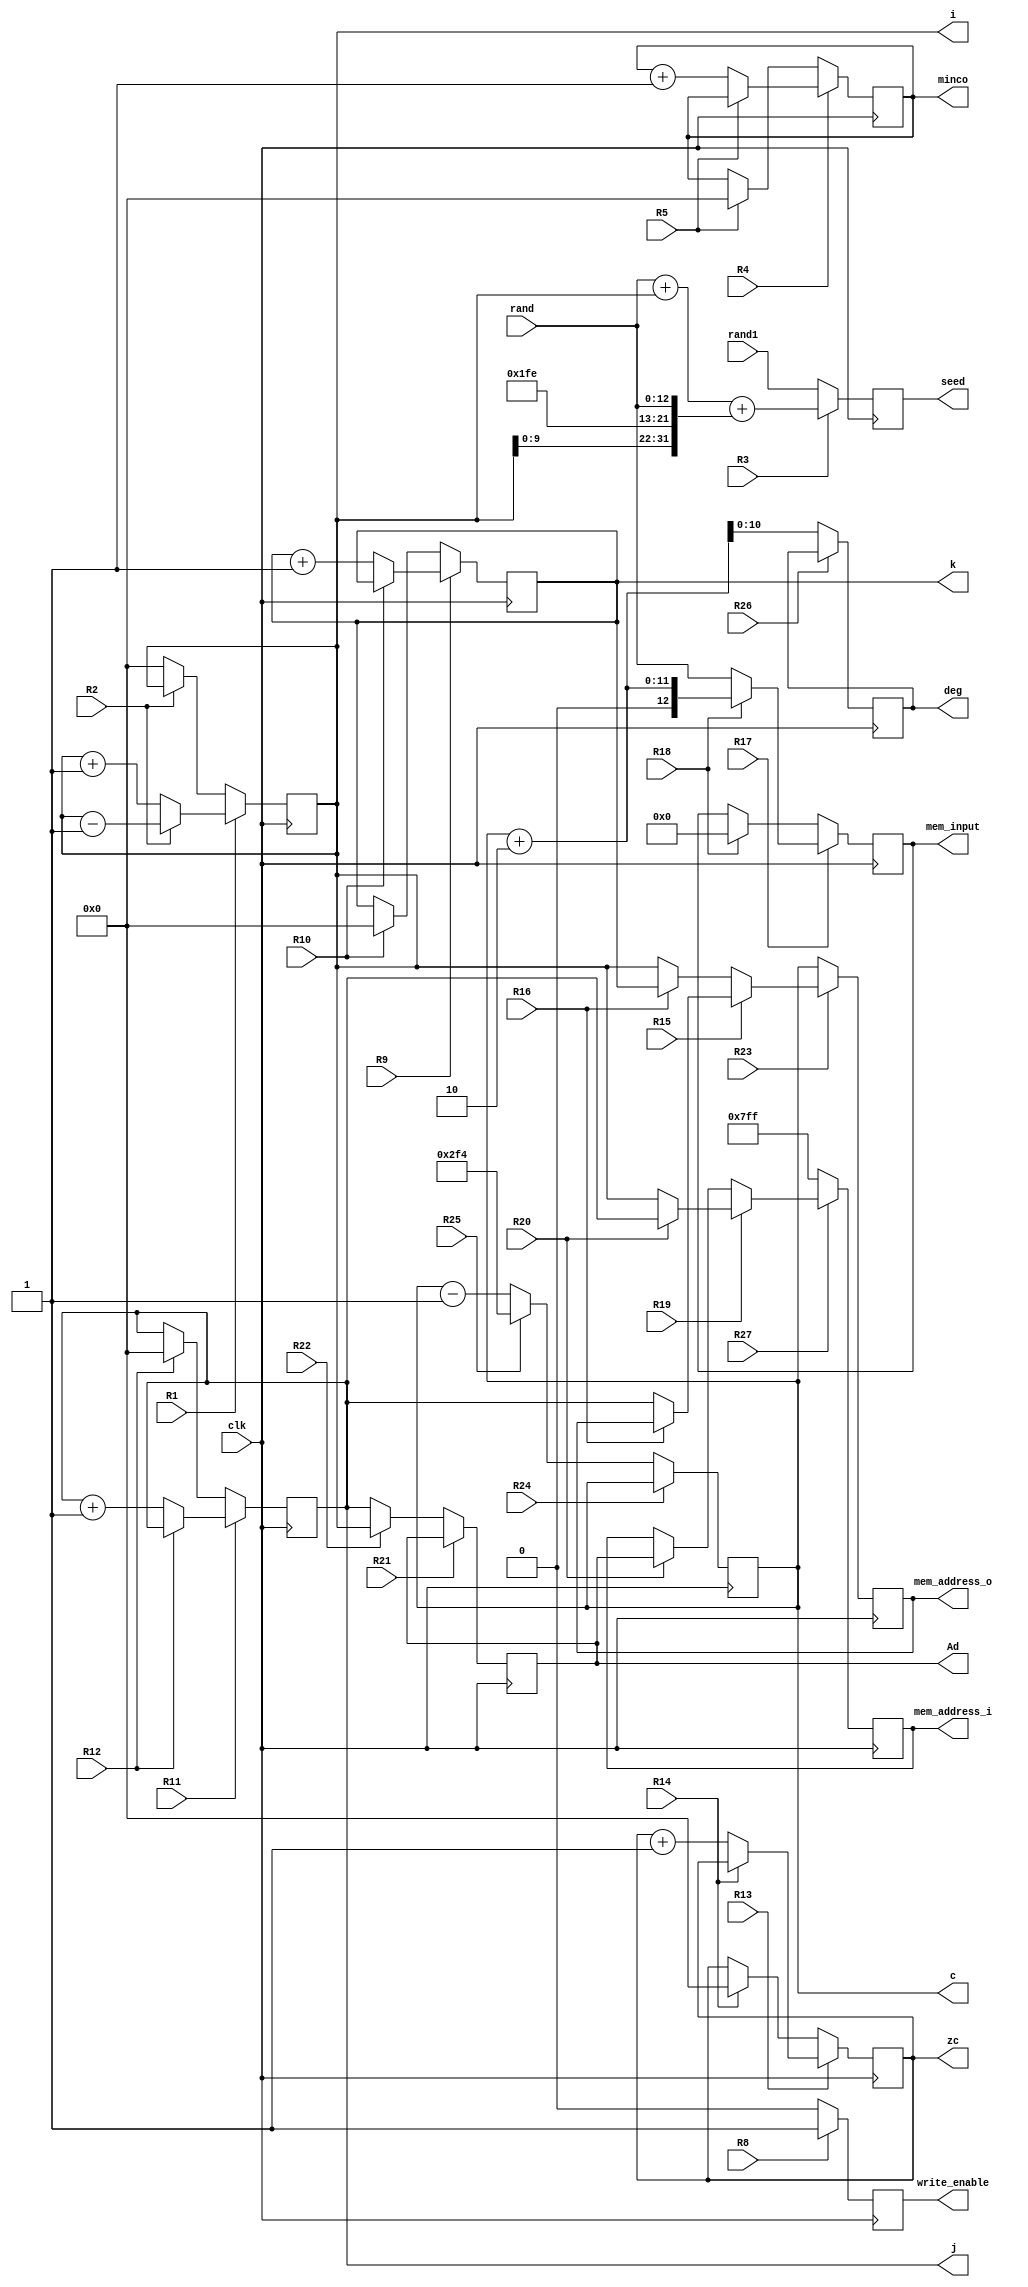
`timescale 1ns / 1ps
//////////////////////////////////////////////////////////////////////////////////
// Company: 
// Engineer: 
// 
// Design Name: 
// Module Name: tspoly_DP
// Project Name: 
// Target Devices: 
// Tool Versions: 
// Description: 
// 
// Dependencies: 
// 
// Revision:
// Revision 0.01 - File Created
// Additional Comments:
// 
//////////////////////////////////////////////////////////////////////////////////


module tspoly_DP(
    input clk,
    input R1, R2,R3, R4, R5, R8, R9, R10, R11, R12, R13, R14,R15, R16, R17,R18, R19, R20, R21,R22,R23,R24,R25,R26, R27,
    input [12:0]rand,
    input [31:0]rand1,
    output reg[12:0]mem_input,
    output reg[10:0]mem_address_i,
    output reg[10:0]mem_address_o,
    output reg[31:0]seed,
    output reg[10:0]i,j,k,zc,minco,Ad,deg, c,
    output reg write_enable 
    );
    
    wire [12:0] nextmem_input;
    wire [10:0] nextmem_addres_i;
    wire [10:0] nextmem_addres_o;
    wire [31:0] nextseed;
    wire [10:0] nexti,nextj,nextk,nextzc,nextminco, nextAd, nextdeg, nextc;   
    wire nextwrite_enable;
    
    // Registro M
    always @(posedge clk)
        mem_input <= nextmem_input;
    // Parte combinacional de M
    assign nextmem_input = R17 ? R18 ? (c+2): (rand) : R18 ? (0): (mem_input);
    
    // Registro A
    always @(posedge clk)
        i <= nexti;
    assign nexti = R1 ? R2 ? (i-1): (i+1) : R2 ? (i): (0);
    
        
    //Registro M1    
    always @(posedge clk)
        seed <= nextseed;
    // Parte combinacional de RQ
    assign nextseed = R3 ? (rand+i+{i,9'd510,rand}):rand1;
    
    // Registro RP
    always @(posedge clk)
        mem_address_o <= nextmem_addres_o;
    // Parte combinacional de RP
    assign nextmem_addres_o = R23 ? R15 ? R16 ? mem_address_o: (j) : R16 ? (k): (i):c;
    
    always @(posedge clk)
        mem_address_i <= nextmem_addres_i;
    // Parte combinacional de RP
    assign nextmem_addres_i = R27 ? R19 ? R20 ? (j): (i) : R20 ? (Ad): (mem_address_i): 2047;
    
    always @(posedge clk)
        write_enable <= nextwrite_enable;
    // Parte combinacional de RP
    assign nextwrite_enable = R8 ? (1'b1):(1'b0);
    
    // Registro M
    always @(posedge clk)
        j <= nextj;
    // Parte combinacional de M
    assign nextj =R11 ? R12 ? (j): (j+1) : R12 ? (0): (j);
    // Registro M
    always @(posedge clk)
        k <= nextk;
    // Parte combinacional de M
    assign nextk = R9 ? R10 ? (k): (k+1) : R10 ? (0): (k);
    
    
    // Registro M
    always @(posedge clk)
        minco <= nextminco;
    // Parte combinacional de M
    assign nextminco = R4 ? R5 ? (minco): (minco+1) : R5 ? (0): (minco);
    
    // Registro M
    always @(posedge clk)
        zc <= nextzc;
    // Parte combinacional de M
    assign nextzc =R13 ? R14 ? (zc): (zc+1) : R14 ? (0): (zc);
    
    // Registro M
    always @(posedge clk)
        Ad <= nextAd;
    // Parte combinacional de M
    assign nextAd = R21 ? R22 ? Ad:Ad : R22 ? i : j;
    
    always @(posedge clk)
        c <= nextc;
    assign nextc = R24 ? R25 ? (c): (c) : R25 ? (11'd756): (c-1);
    
    always @(posedge clk)
        deg <= nextdeg;
    assign nextdeg = R26 ? (deg): (c+2);

endmodule